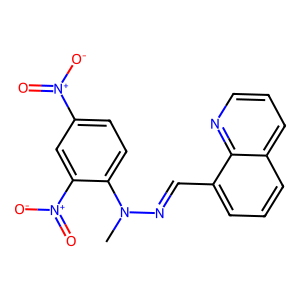
SMILES: CN(N=Cc1cccc2cccnc12)c1ccc([N+](=O)[O-])cc1[N+](=O)[O-]
Inhibits HIV replication: No